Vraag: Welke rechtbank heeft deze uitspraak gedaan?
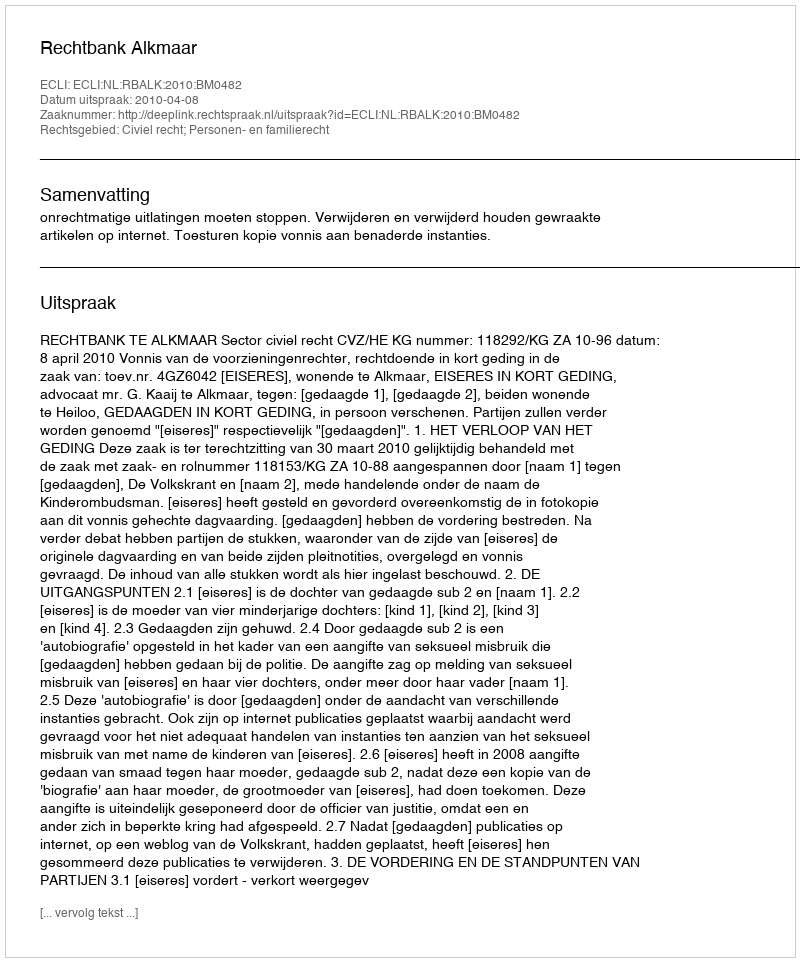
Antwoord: Rechtbank Alkmaar